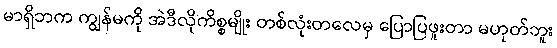
မာရှိဘက ကျွန်မကို အဲဒီလိုကိစ္စမျိုး တစ်လုံးတလေမှ ပြောပြဖူးတာ မဟုတ်ဘူး